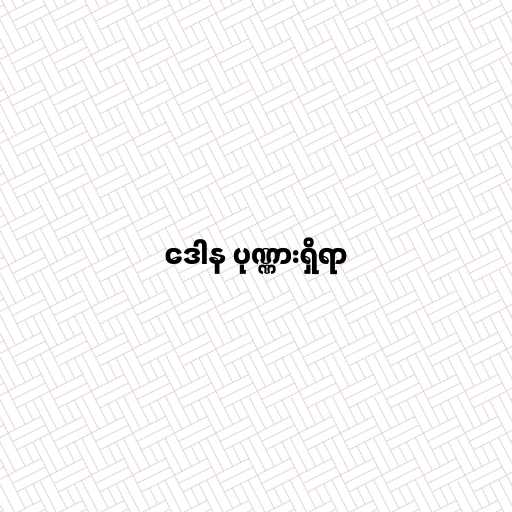
ဒေါန ပုဏ္ဏားရှိရာ